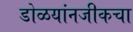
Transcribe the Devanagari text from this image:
डोळयांनजीकचा